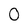
Character: O